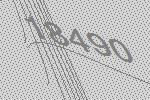
18490